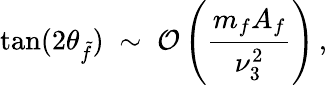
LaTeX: \tan(2\theta_{\tilde{f}})\; \sim\; {\cal O}\left(\frac{m_{f}A_{f}}{\nu_{3}^{2}}\right)\, ,